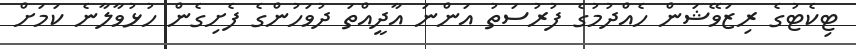
ޓިކެޓުގެ ރިޒަވޭޝަން ހެއްދުމުގެ ފުރުސަތު އަންނަ އާދީއްތަ ދުވަހުންގެ ފެށިގެން ހުޅުވާލާނެ ކަމަށް